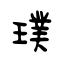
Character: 璞